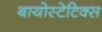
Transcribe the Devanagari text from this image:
बायोस्टेटिक्स